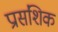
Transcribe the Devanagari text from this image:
प्रासंशिक